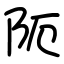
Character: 阨